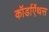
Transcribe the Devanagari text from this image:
कॉर्डाऐंथस